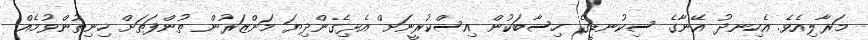
މަރާލިއެވެ. އެހިނދު އޭނާގެ ސިކުނޑީގެ ހިސާބަކުން އިސްކުރީނަށް އެޅިގެންދިޔަ މަންޒަރުން ތުންފަތަށް ހިނިތުންވުމެއް